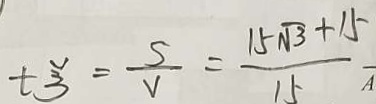
t \xi = \frac { s } { v } = \frac { 1 5 \sqrt { 3 } + 1 5 } { 1 5 }